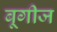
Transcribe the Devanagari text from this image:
बूगीज